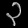
Digit: ၃